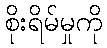
စိုးရိမ်မှုကို